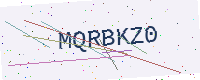
Text: MQRBKZ0